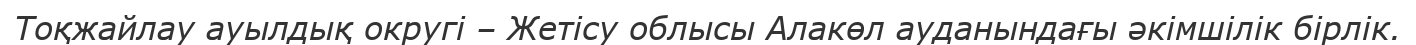
Тоқжайлау ауылдық округі – Жетісу облысы Алакөл ауданындағы әкімшілік бірлік.